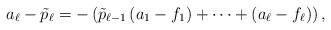
LaTeX: \begin{align*} a_{\ell}-{}\tilde{p}_{\ell}=-\left(\tilde{p}_{\ell-1}\left(a_1-f_1\right)+\cdots+\left(a_{\ell}-f_{\ell}\right)\right), \end{align*}